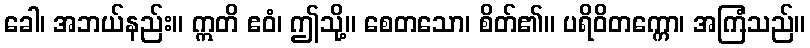
ခေါ၊ အဘယ်နည်း။ ဣတိ ဧဝံ၊ ဤသို့။ စေတသော၊ စိတ်၏။ ပရိဝိတက္ကော၊ အကြံသည်။